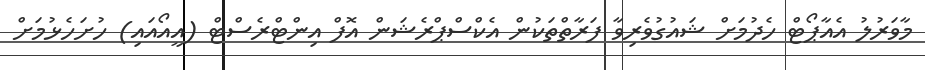
މާވަރުލު އެއާޕޯޓް ހެދުމަށް ޝައުގުވެރިވާ ފަރާތްތަކުން އެކްސްޕްރެޝަން އޮފް އިންޓްރެސްޓް (އީއޯއައި) ހުށަހެޅުމަށް